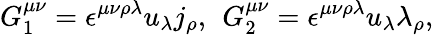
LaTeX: G_{1}^{\mu\nu}=\epsilon^{\mu\nu\rho\lambda}u_{\lambda}j_{\rho},\, \ G_{2}^{\mu\nu}=\epsilon^{\mu\nu\rho\lambda}u_{\lambda}\lambda_{\rho},